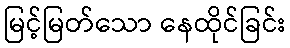
မြင့်မြတ်သော နေထိုင်ခြင်း